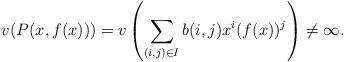
LaTeX: \begin{align*}v(P(x,f(x)))=v\left(\sum_{(i,j)\in I}b(i,j)x^i(f(x))^j\right)\neq\infty.\end{align*}